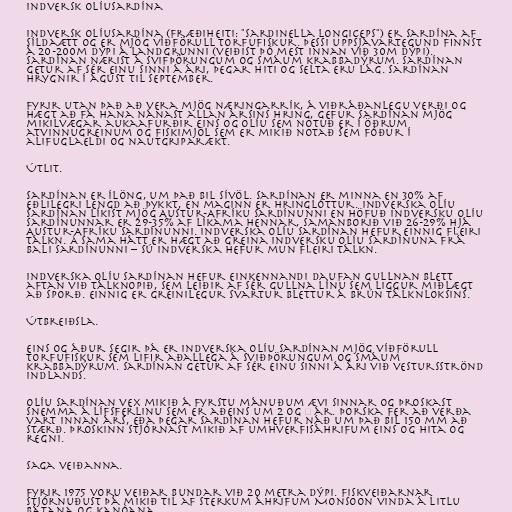
Indversk olíusardína

Indversk olíusardína (fræðiheiti: "Sardinella longiceps") er sardína af
síldaætt og er mjög víðförull torfufiskur. Þessi uppsjávartegund finnst
á 20-200m dýpi á landgrunni (veiðist þó mest innan við 30m dýpi).
Sardínan nærist á svifþörungum og smáum krabbadýrum. Sardínan
getur af sér einu sinni á ári, þegar hiti og selta eru lág. Sardínan
hrygnir í ágúst til september.

Fyrir utan það að vera mjög næringarrík, á viðráðanlegu verði og
hægt að fá hana nánast allan ársins hring, gefur sardínan mjög
mikilvægar aukaafurðir eins og olíu sem notuð er í öðrum
atvinnugreinum og fiskimjöl sem er mikið notað sem fóður í
alifuglaeldi og nautgriparækt.

Útlit.

Sardínan er ílöng, um það bil sívöl. Sardínan er minna en 30% af
eðlilegri lengd að þykkt, en maginn er hringlóttur. Indverska olíu
sardínan líkist mjög Austur-Afríku sardínunni en höfuð Indversku olíu
sardínunnar er 29-35% af líkama hennar, samanborið við 26-29% hjá
Austur-Afríku sardínunni. Indverska olíu sardínan hefur einnig fleiri
tálkn. Á sama hátt er hægt að greina Indversku olíu sardínuna frá
Bali sardínunni – sú indverska hefur mun fleiri tálkn.

Indverska olíu sardínan hefur einkennandi daufan gullnan blett
aftan við tálknopið, sem leiðir af sér gullna línu sem liggur miðlægt
að sporð. Einnig er greinilegur svartur blettur á brún tálknloksins.

Útbreiðsla.

Eins og áður segir þá er indverska olíu sardínan mjög víðförull
torfufiskur sem lifir aðallega á sviðþörungum og smáum
krabbadýrum. Sardínan getur af sér einu sinni á ári við vestursströnd
Indlands.

Olíu sardínan vex mikið á fyrstu mánuðum ævi sinnar og þroskast
snemma á lífsferlinu sem er aðeins um 2 og ½ ár. Þorska fer að verða
vart innan árs, eða þegar sardínan hefur náð um það bil 150 mm að
stærð. Þroskinn stjórnast mikið af umhverfisáhrifum eins og hita og
regni.

Saga veiðanna.

Fyrir 1975 voru veiðar bundar við 20 metra dýpi. Fiskveiðarnar
stjórnuðust þá mikið til af sterkum áhrifum Monsoon vinda á litlu
bátana og kanóana.